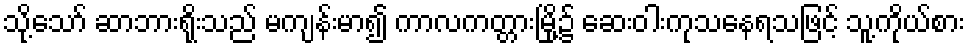
သို့သော် ဆာဘားရိုးသည် မကျန်းမာ၍ ကာလကတ္တားမြို့၌ ဆေးဝါးကုသနေရသဖြင့် သူ့ကိုယ်စား